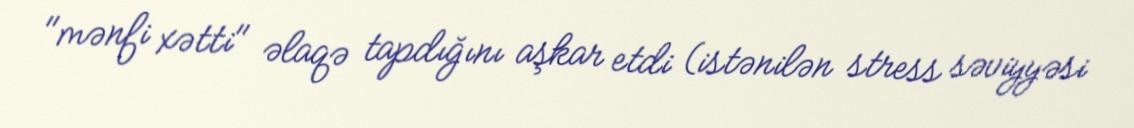
"mənfi xətti" əlaqə tapdığını aşkar etdi (istənilən stress səviyyəsi